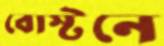
বোস্টনে